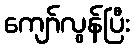
ကျော်လွန်ပြီး